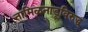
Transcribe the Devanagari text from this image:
तामिळनाडूविरुद्ध